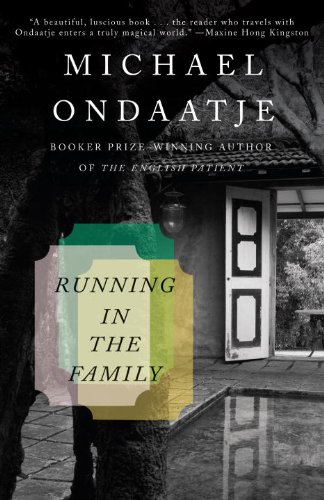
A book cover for Running in the Family; Michael Ondaatje; Biographies & Memoirs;